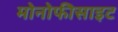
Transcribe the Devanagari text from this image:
मोनोफीसाइट